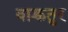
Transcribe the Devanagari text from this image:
वाक्चतुर